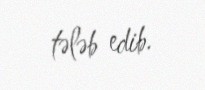
tələb edib.